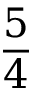
\frac { 5 } { 4 }